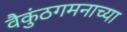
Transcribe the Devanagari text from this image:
वैकुंठगमनाच्या